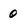
Character: 0